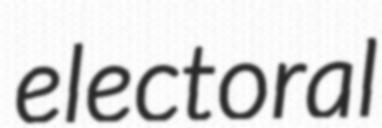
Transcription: electoral